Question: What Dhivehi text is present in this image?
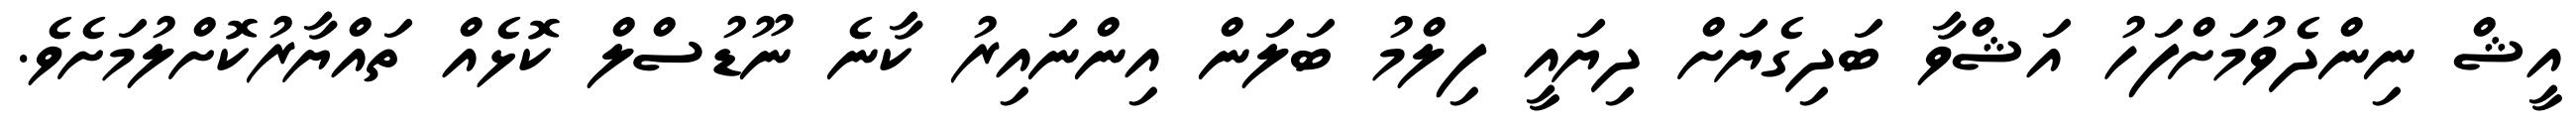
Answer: އީޝް ނިންދެވުމަށްފަހު އަޝްވާ ބަދިގެޔަށް ދިޔައީ ފިލްމު ބަލަން އިންނައިރު ކާނެ ނޫޑުސްލް ކޮޅެއް ތައްޔާރުކޮށްލުމަށެވެ.